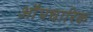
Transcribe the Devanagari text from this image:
औंपचारिक